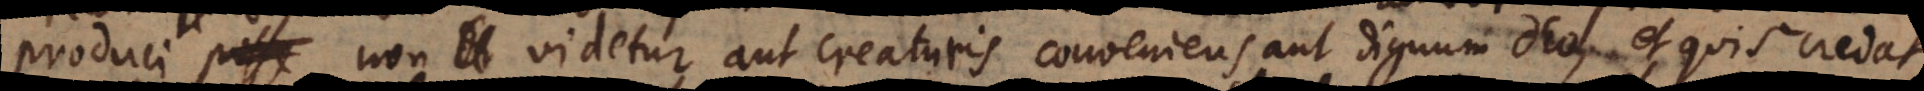
produci posse non di videtur aut creaturis conveniens aut dignum Deo, et quis credat